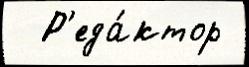
  Р'еда́ктор